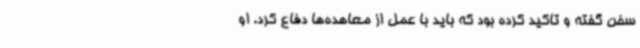
سخن گفته و تاکید کرده بود که باید با عمل از معاهده‌ها دفاع کرد. او